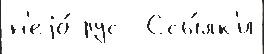
н'еjо́ рус  Ссы́лк'и